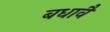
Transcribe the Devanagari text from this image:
बधावै